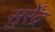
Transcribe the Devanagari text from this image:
सुर्रेंद्र